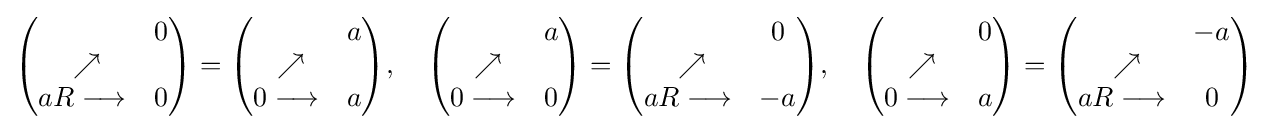
{\begin{pmatrix}\ \ &0\\\ \nearrow &\ \\aR\longrightarrow &0\end{pmatrix}}={\begin{pmatrix}\ \ &a\\\ \nearrow &\ \\0\longrightarrow &a\end{pmatrix}},\quad {\begin{pmatrix}\ \ &a\\\ \nearrow &\ \\0\longrightarrow &0\end{pmatrix}}={\begin{pmatrix}\ \ &0\\\ \nearrow &\ \\aR\longrightarrow &-a\end{pmatrix}},\quad {\begin{pmatrix}\ \ &0\\\ \nearrow &\ \\0\longrightarrow &a\end{pmatrix}}={\begin{pmatrix}\ \ &-a\\\ \nearrow &\ \\aR\longrightarrow &0\end{pmatrix}}